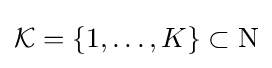
{\mathcal {K}}=\lbrace 1,\ldots ,K\rbrace \subset \mathrm {N}